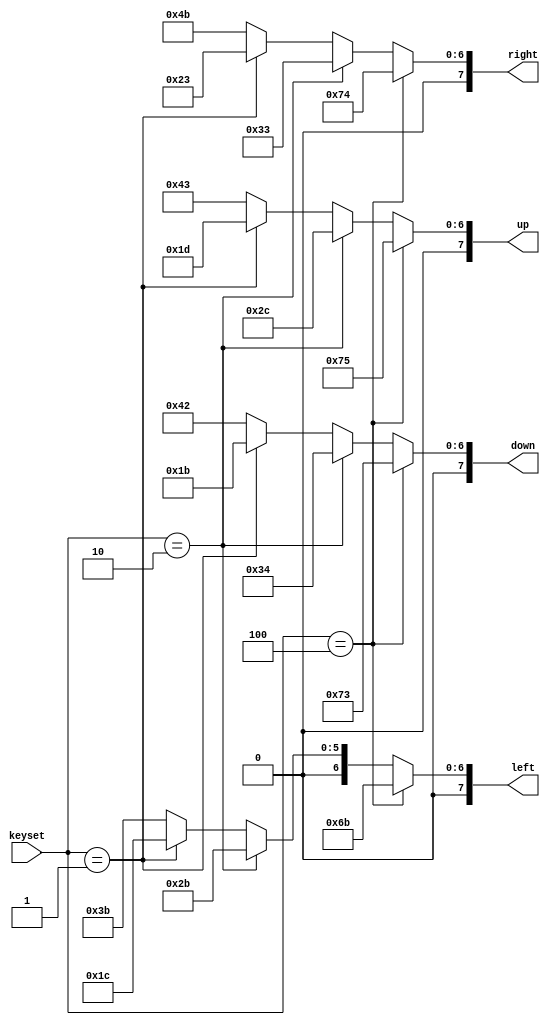
module control_mapping_three_player(left,right,up,down,keyset);
	input [2:0] keyset;
	output [7:0] left, right, up, down;
	
	// Keyset == 1
	wire [7:0] left0, right0, up0, down0;
	assign left0 = keyset==1 ? 8'h1c:left2;
	assign right0 = keyset==1 ? 8'h23:right2;
	assign up0 = keyset==1 ? 8'h1d:up2;
	assign down0 = keyset==1 ? 8'h1b:down2;
	
	// Keyset == 2
	wire [7:0] left1, right1, up1, down1;
	assign left1 = keyset==2 ?8'h2b:left0;
	assign right1 = keyset==2  ?8'h33:right0;
	assign up1 = keyset==2 ?8'h2c:up0;
	assign down1 = keyset==2 ?8'h34:down0;
	
	// Keyset == 3
	wire [7:0] left2, right2, up2, down2;
	assign left2 =8'h3b;
	assign right2 =8'h4b;
	assign up2 = 8'h43;
	assign down2 =8'h42;
	
	// Keyset == 4
	wire [7:0] left3, right3, up3, down3;
	assign left = keyset==4 ? 8'h6b:left1;
	assign right = keyset==4 ? 8'h74:right1;
	assign up = keyset==4 ? 8'h75:up1;
	assign down = keyset==4 ? 8'h73:down1;
	
endmodule